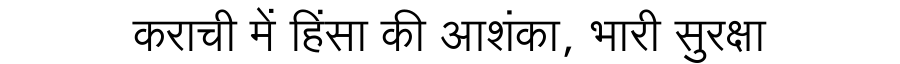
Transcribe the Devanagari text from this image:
कराची में हिंसा की आशंका, भारी सुरक्षा